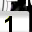
Digit: 1